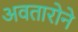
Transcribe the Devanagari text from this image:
अवतारोने